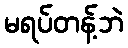
မရပ်တန့်ဘဲ